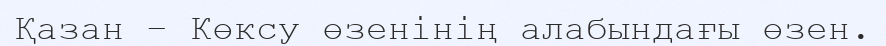
Қазан – Көксу өзенінің алабындағы өзен.